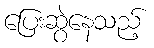
ပြေးဆွဲနေသည့်